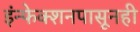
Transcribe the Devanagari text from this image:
इंन्फेक्शनपासूनही